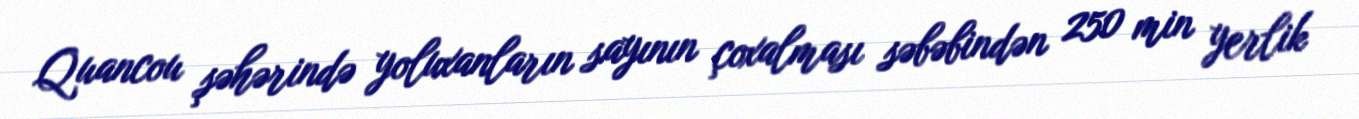
Quancou şəhərində yoluxanların sayının çoxalması səbəbindən 250 min yerlik